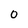
Character: 0